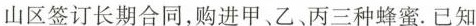
山区签订长期合同，购进甲、乙、丙三种蜂蜜. 已知